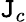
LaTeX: \mathtt{J}_{c}